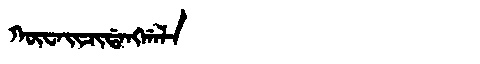
Manchu: ᡴᡡᠸᠠᡳᠴᡳᡩᠠᠩᡤᠠᠯᠠ
Romanization: KŪWAICIDANGGALA